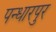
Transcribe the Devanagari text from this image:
पन्धारपुर